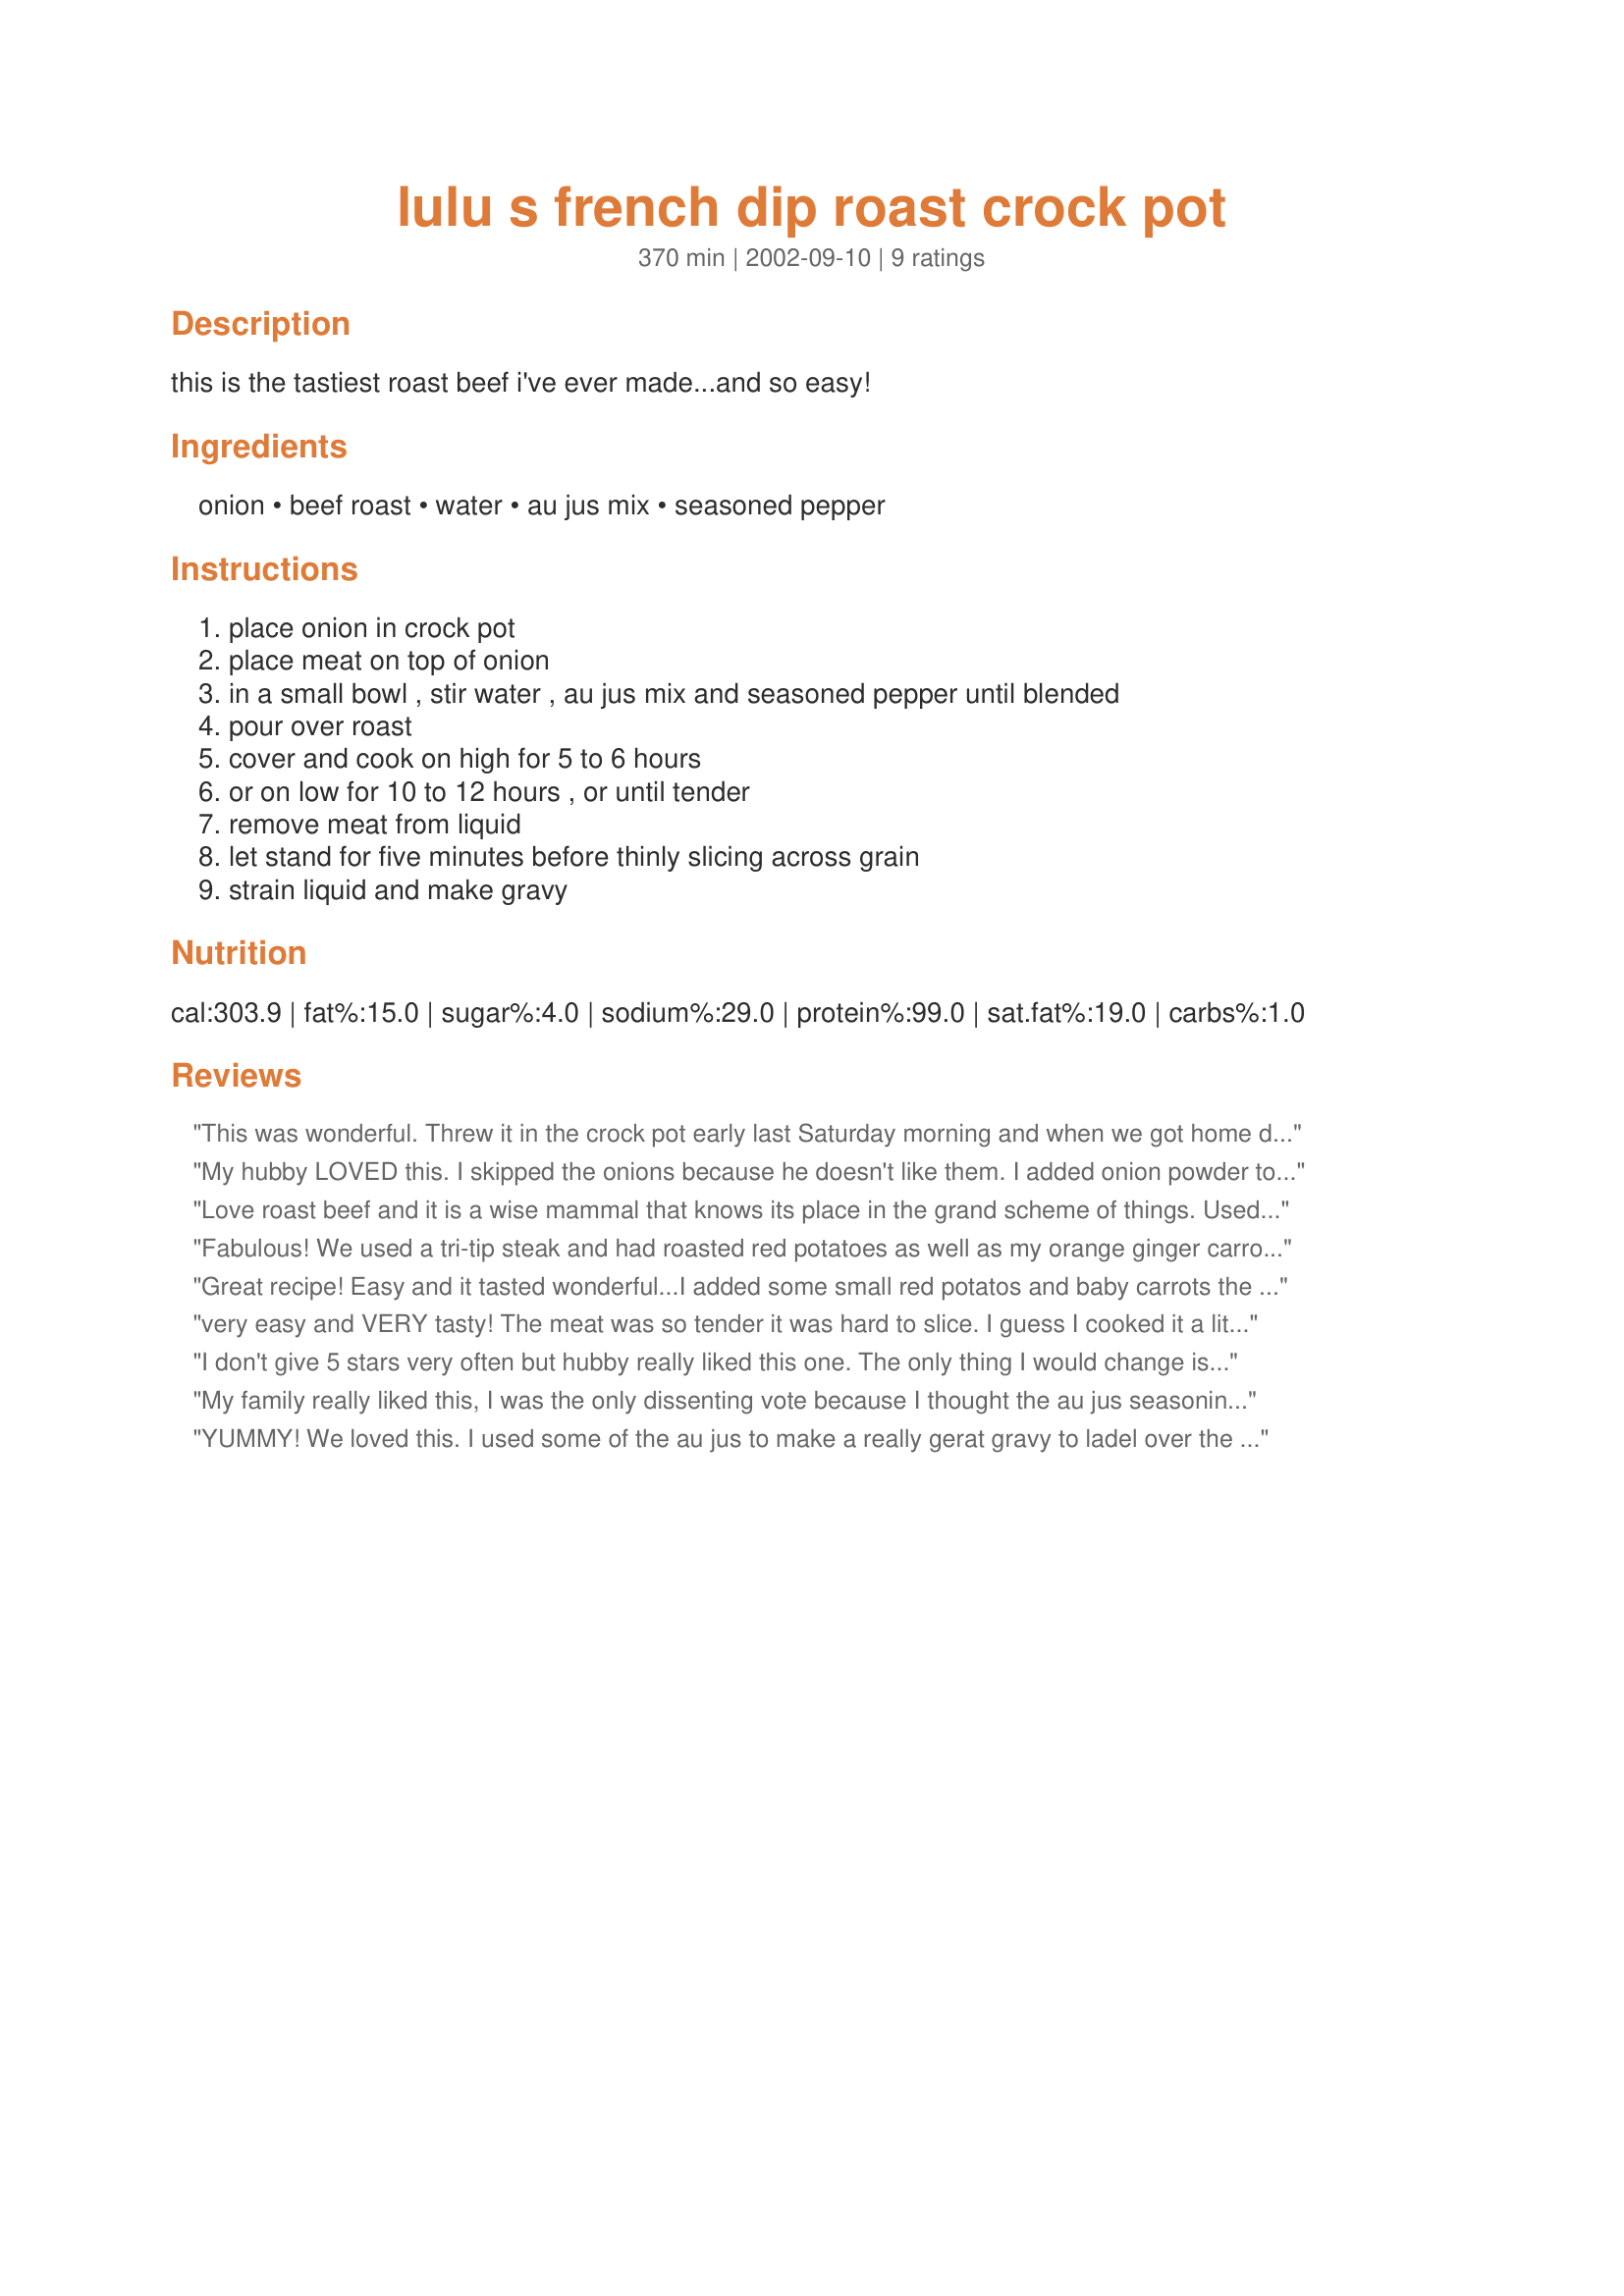
lulu s french dip roast crock pot
Preparation time: 370 minutes

this is the tastiest roast beef i've ever made...and so easy!

Ingredients:
onion, beef roast, water, au jus mix, seasoned pepper

Steps:
place onion in crock pot, place meat on top of onion, in a small bowl , stir water , au jus mix and seasoned pepper until blended, pour over roast, cover and cook on high for 5 to 6 hours, or on low for 10 to 12 hours , or until tender, remove meat from liquid, let stand for five minutes before thinly slicing across grain, strain liquid and make gravy

Reviews:
This was wonderful. Threw it in the crock pot early last Saturday morning and when we got home dinner was waiting. We even had enough for leftovers after church. My 16 year old asked, &quot;what is this wonderfulness I am eating&quot; That is her way of saying 5 stars.
My hubby LOVED this. I skipped the onions because he doesn't like them. I added onion powder to the au jus mix. I also cut up potatoes and threw them in with the pill on. He is looking forward to the leftovers for sandwiches. I saved out some liquid for dipping. Thanks so much. I am gonna pass this one along to my mom
Love roast beef and it is a wise mammal that knows its place in the grand scheme of things. Used recipe #491456 with good results.
Fabulous! We used a tri-tip steak and had roasted red potatoes as well as my orange ginger carrots. Also made a homemade gravy using the juices in the crockpot. Everything was easy to make and heavenly!
Great recipe! Easy and it tasted wonderful...I added some small red potatos and baby carrots the last hour and it was a great dinner....the meat was so tender and juicy..
very easy and VERY tasty! The meat was so tender it was hard to slice. I guess I cooked it a little too long. We will have this again.
I don't give 5 stars very often but hubby really liked this one. The only thing I would change is the cooking time which I think is too long. I put the roast in frozen and it was to temperature 3 hours later on high. It was sliceable and not falling apart like the other reviews. I used Montreal steak seasoning for the seasoned pepper and hubby thought it was seasoned perfectly.
My family really liked this, I was the only dissenting vote because I thought the au jus seasoning was too salty. The beef (pot roast) held its shape and was tender enough to cut thinly. Thanks.
YUMMY! We loved this. I used some of the au jus to make a really gerat gravy to ladel over the meal after it was plated. I served this with Recipe #77559 and Recipe #111988. The meat was so moist, I almost couldn't get it out of the crock-pot in one piece. It was so melt-in-your-mouth good, that I will definitely make this again! Thank you so much! :)
